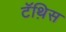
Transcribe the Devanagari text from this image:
टॅथ़िस